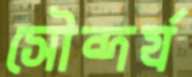
সৌন্দর্য